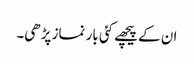
ان کے پیچھے کئی بار نماز پڑھی۔